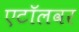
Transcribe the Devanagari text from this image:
एटॉलवर